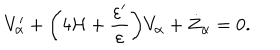
LaTeX: V _ { \alpha } ^ { \prime } + \biggl ( 4 { \cal H } + \frac { \varepsilon ^ { \prime } } { \varepsilon } \biggr ) V _ { \alpha } + \dot { Z } _ { \alpha } = 0 .